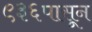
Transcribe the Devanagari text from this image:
९३६पासून